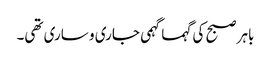
باہر صبح کی گہما گہمی جاری و ساری تھی۔